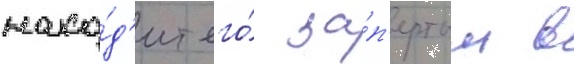
нахо́д'ит его́ за́п'ертым в